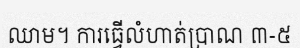
ឈាម។ ការធ្វើលំហាត់ប្រាណ ៣-៥